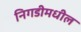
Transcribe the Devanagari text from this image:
निगडीमधील